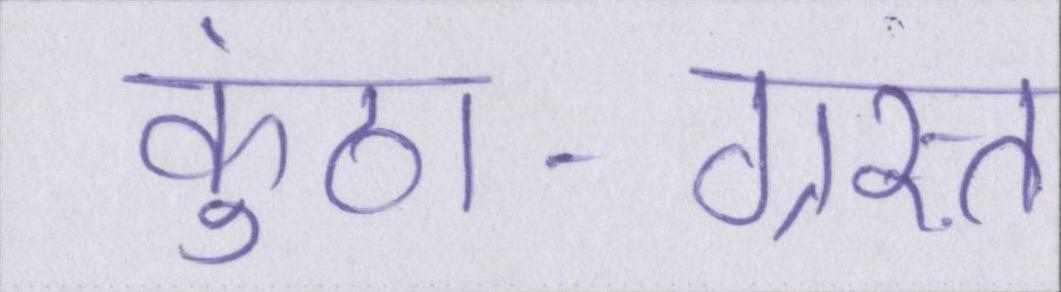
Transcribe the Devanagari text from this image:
कुंठा-ग्रस्त